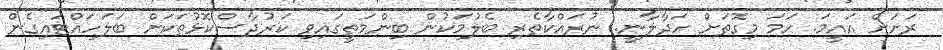
ރަށަށް އައީމަ. ހަމަ މިގޮތަށް ހަދާލާނީ. ނުރައްކާތެރި ބެލުމަކުން ބިންމަތީގައިވި ކަރުދާސްކޮޅުތަަކަށް ބަލަހައްޓައިގެން